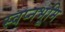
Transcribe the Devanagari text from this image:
स्वप्नभूमि